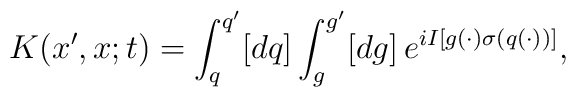
K (x',x;t)	=	\int_q^{q'} [dq] \int_g^{g'} [dg] \,	e^{i I [ g(\cdot) \sigma(q(\cdot)) ] },